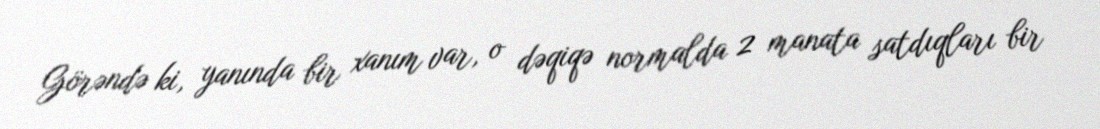
Görəndə ki, yanında bir xanım var, o dəqiqə normalda 2 manata satdıqları bir